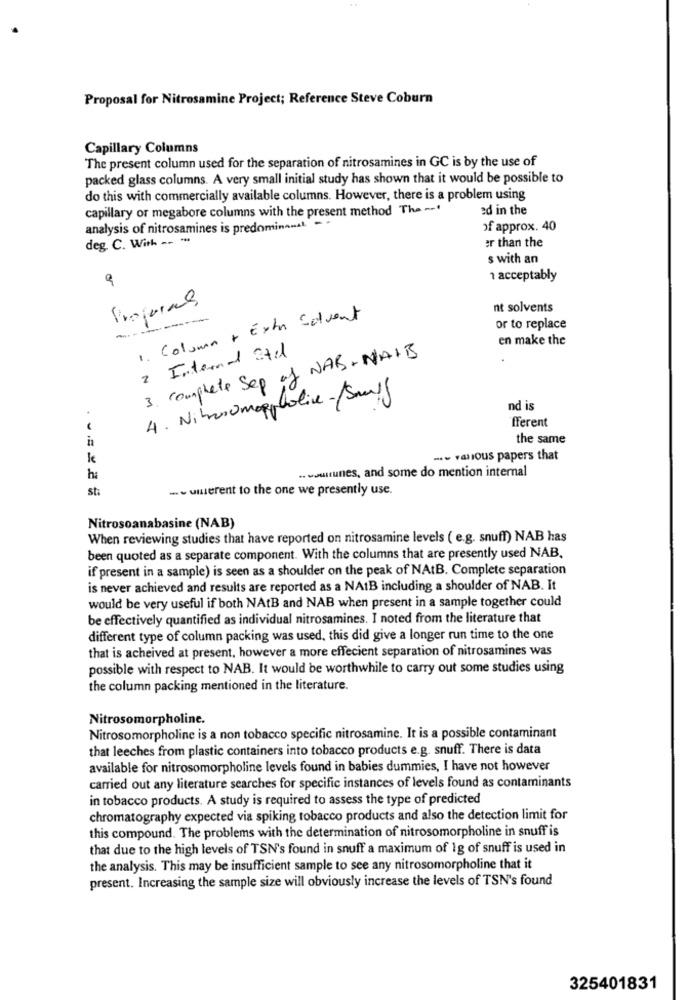
..
Proposal for Nitrosamine Project; Reference Steve Coburn
Capillary Columns
The present column used for the separation of nitrosamines in GC is by the use of
packed glass columns. A very small initial study has shown that it would be possible to
do this with commercially available columns. However, there is a problem using
capillary or megabore columns with the present method The -
ed in the
analysis of nitrosamines is predominamst. -
of approx. 40
deg. C. With -- --
er than the
s with an
९
1 acceptably
nt solvents
Column + Extra Solvent
---
or to replace
en make the
2 Internet Stil
3. complete Sep of NAB+NAIB
4. Niberomopplolive-/Smuff
nd is
fferent
the same
-- various papers that
. vouitunes, and some do mention internal
ha
st:
- wwwerent to the one we presently use.
Nitrosoanabasine (NAB)
When reviewing studies that have reported on nitrosamine levels ( e.g. snuff) NAB has
been quoted as a separate component. With the columns that are presently used NAB.
if present in a sample) is seen as a shoulder on the peak of NAtB. Complete separation
is never achieved and results are reported as a NAIB including a shoulder of NAB. It
would be very useful if both NAtB and NAB when present in a sample together could
be effectively quantified as individual nitrosamines. I noted from the literature that
different type of column packing was used, this did give a longer run time to the one
that is acheived at present, however a more effecient separation of nitrosamines was
possible with respect to NAB. It would be worthwhile to carry out some studies using
the column packing mentioned in the literature.
Nitrosomorpholine.
Nitrosomorpholine is a non tobacco specific nitrosamine. It is a possible contaminant
that leeches from plastic containers into tobacco products e.g. snuff. There is data
available for nitrosomorpholine levels found in babies dummies, I have not however
carried out any literature searches for specific instances of levels found as contaminants
in tobacco products. A study is required to assess the type of predicted
chromatography expected via spiking tobacco products and also the detection limit for
this compound. The problems with the determination of nitrosomorpholine in snuff is
that due to the high levels of TSN's found in snuff a maximum of 1g of snuff is used in
the analysis. This may be insufficient sample to see any nitrosomorpholine that it
present. Increasing the sample size will obviously increase the levels of TSN's found
325401831